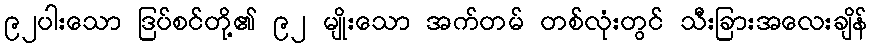
၉၂ပါးသော ဒြပ်စင်တို့၏ ၉၂ မျိုးသော အက်တမ် တစ်လုံးတွင် သီးခြားအလေးချိန်